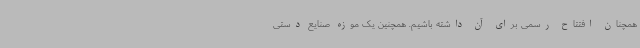
همچنان افتتاح رسمی برای آن داشته باشیم. همچنین یک موزه صنایع دستی